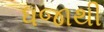
ધજાથી